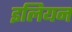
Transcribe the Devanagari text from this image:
इलियन